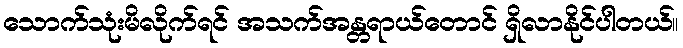
သောက်သုံးမိလိုက်ရင် အသက်အန္တရာယ်တောင် ရှိလာနိုင်ပါတယ်။